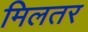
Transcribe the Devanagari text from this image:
मिलतर